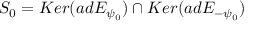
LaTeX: S _ { 0 } = K e r ( a d E _ { \psi _ { 0 } } ) \cap K e r ( a d E _ { - \psi _ { 0 } } )